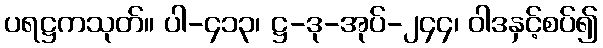
ပရဋ္ဌကသုတ်။ ပါ-၄၁၃၊ ဋ္ဌ-ဒု-အုပ်-၂၄၄၊ ဝါဒနှင့်စပ်၍